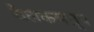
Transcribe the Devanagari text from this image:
वेलकमग्रूप